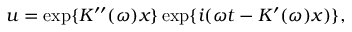
u = \displaystyle \exp \{ K ^ { \prime \prime } ( \omega ) x \} \exp \{ i ( \omega t - K ^ { \prime } ( \omega ) x ) \} ,